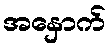
အနှောက်